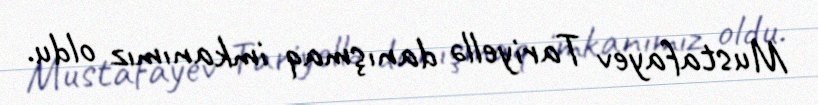
Mustafayev Tariyellə danışmaq imkanımız oldu.